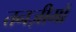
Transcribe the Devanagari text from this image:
तनज़ीमों